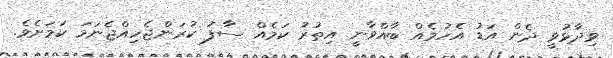
ވިދާޅުވީ ދެން އަޑު އެހުމެއް ބާއްވާނީ އިތުރު ކަމެއް ސާފު ކުރަންޖެހިއްޖެނަމަ ކަމަށެވެ.